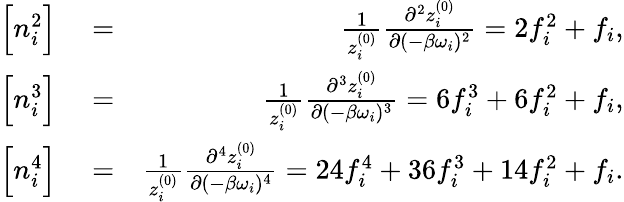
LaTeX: \begin{array}{rlr}{\Big[n_{i}^{2}\Big]}&{{}=}&{\frac{1}{z_{i}^{(0)}}\frac{\partial^{2}z_{i}^{(0)}}{\partial(-\beta\omega_{i})^{2}}=2f_{i}^{2}+f_{i},}\\ {\Big[{n_{i}^{3}}\Big]}&{{}=}&{\frac{1}{z_{i}^{(0)}}\frac{\partial^{3}z_{i}^{(0)}}{\partial(-\beta\omega_{i})^{3}}=6f_{i}^{3}+6f_{i}^{2}+f_{i},}\\ {\Big[{n_{i}^{4}}\Big]}&{{}=}&{\frac{1}{z_{i}^{(0)}}\frac{\partial^{4}z_{i}^{(0)}}{\partial(-\beta\omega_{i})^{4}}=24f_{i}^{4}+36f_{i}^{3}+14f_{i}^{2}+f_{i}.}\end{array}